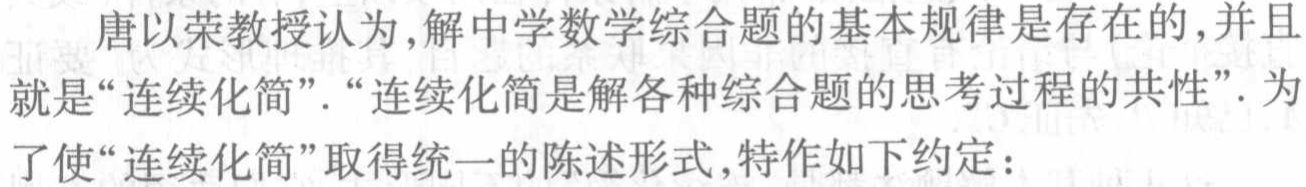
唐以荣教授认为,解中学数学综合题的基本规律是存在的,并且就是“连续化简”.“连续化简是解各种综合题的思考过程的共性”. 为了使“连续化简”取得统一的陈述形式,特作如下约定：